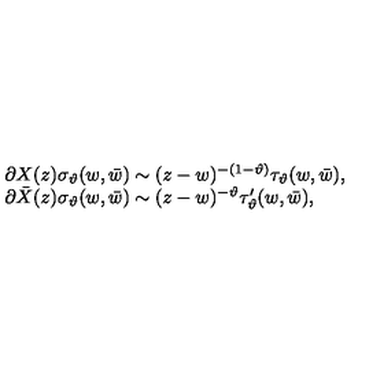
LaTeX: \begin{array} { l } { \partial X ( z ) \sigma _ { \vartheta } ( w , \bar { w } ) \sim ( z - w ) ^ { - ( 1 - \vartheta ) } \tau _ { \vartheta } ( w , \bar { w } ) , } \\ { \partial \bar { X } ( z ) \sigma _ { \vartheta } ( w , \bar { w } ) \sim ( z - w ) ^ { - \vartheta } \tau _ { \vartheta } ^ { \prime } ( w , \bar { w } ) , } \\ \end{array}